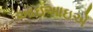
આઇઆઇએ